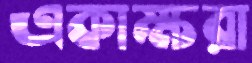
একাক্ষরা